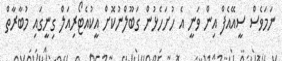
ނަމަވެސް ސީއޭއެފް އިން ވަނީ އެ ހުށަހެޅުން ގަބޫލްނުކޮށް އީކުއެޓޯރިއަލް ގިނީގައި މުބާރާތް